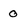
Character: 0